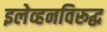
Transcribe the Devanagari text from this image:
इलेव्हनविरूद्ध